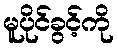
မူပိုင်ခွင့်ကို